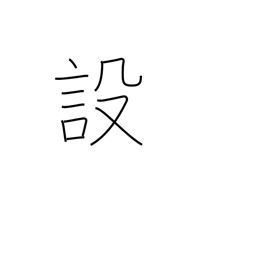
Meaning: provision